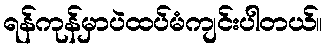
ရန်ကုန်မှာပဲထပ်မံကျင်းပါတယ်။